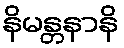
နိမန္တနာနိ